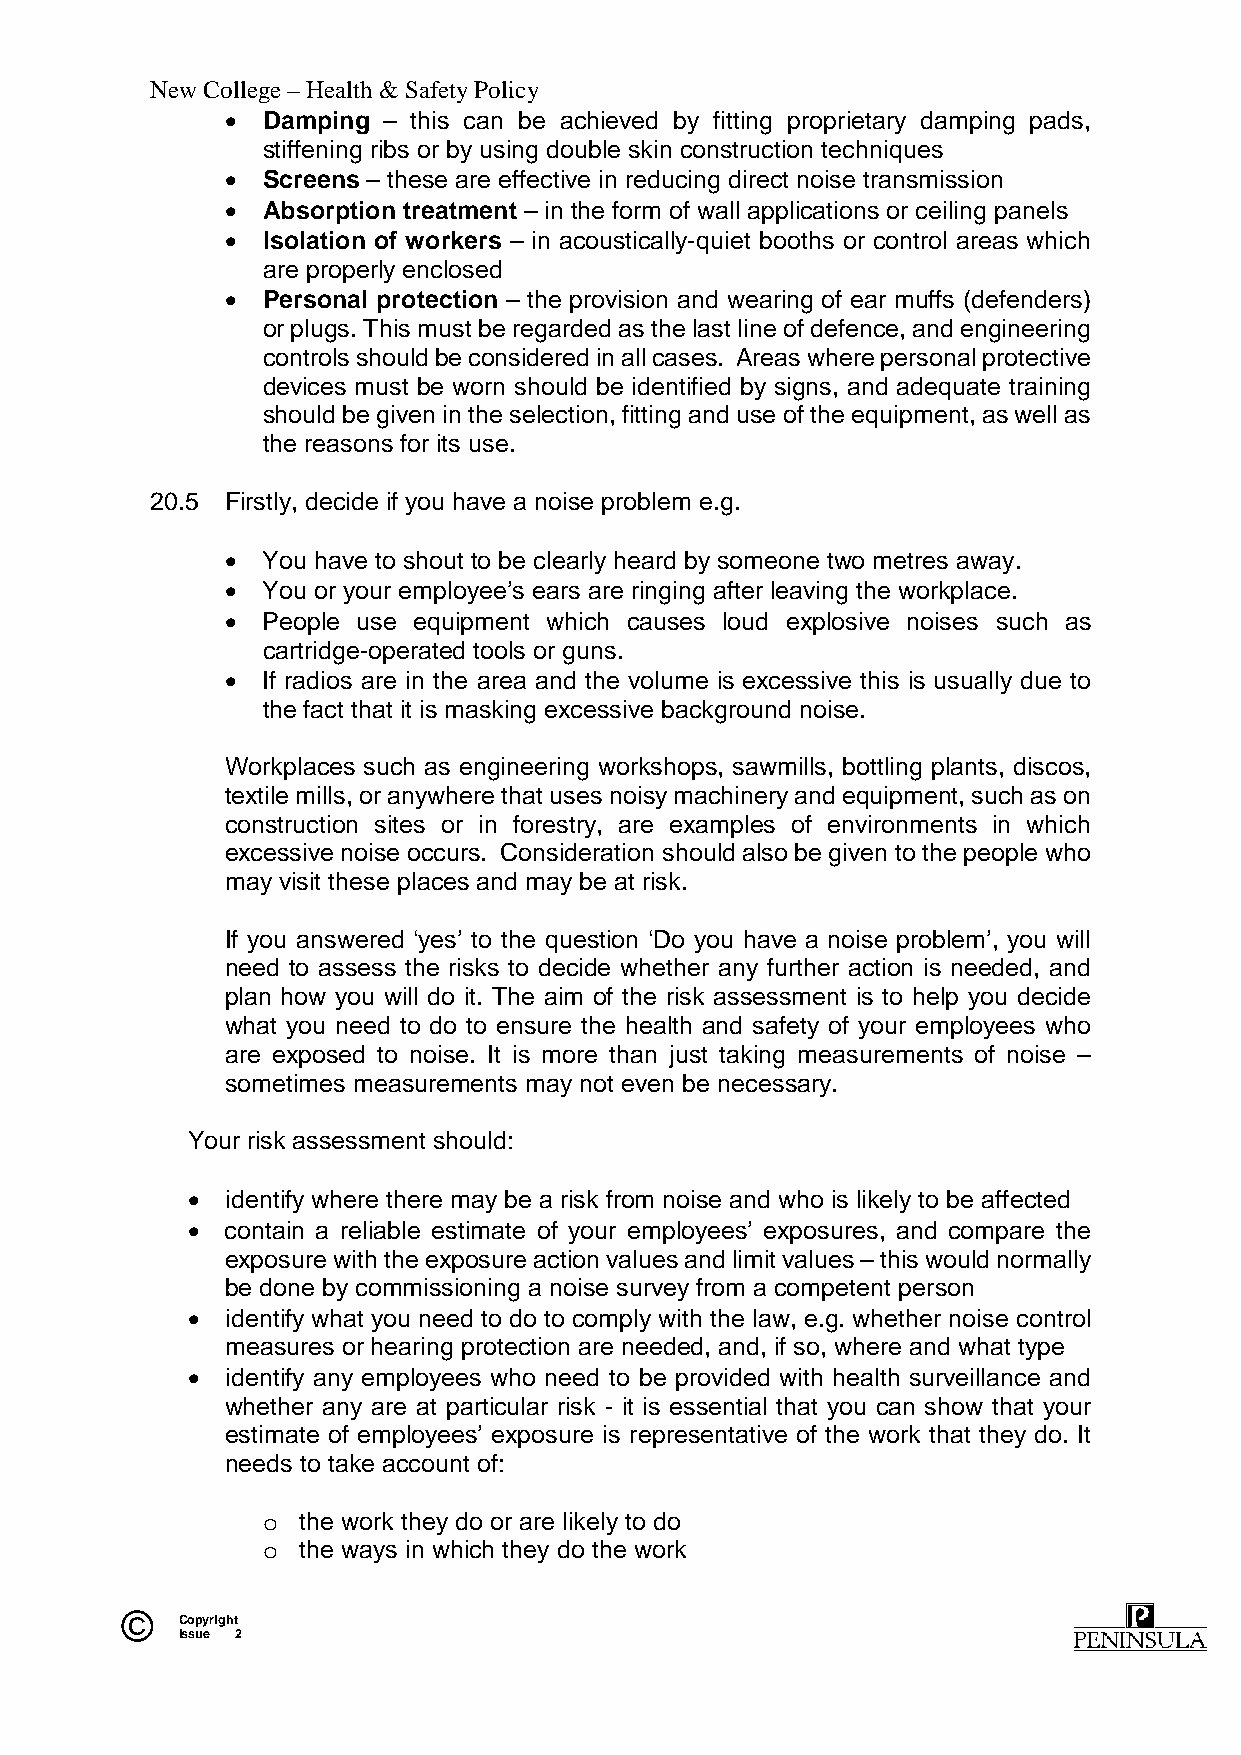
New College – Health & Safety Policy
  Damping – this can be achieved by fitting proprietary damping pads,
 stiffening ribs or by using double skin construction techniques
  Screens – these are effective in reducing direct noise transmission
  Absorption treatment – in the form of wall applications or ceiling panels
  Isolation of workers – in acoustically-quiet booths or control areas which
 are properly enclosed
  Personal protection – the provision and wearing of ear muffs (defenders)
 or plugs. This must be regarded as the last line of defence, and engineering
 controls should be considered in all cases. Areas where personal protective
 devices must be worn should be identified by signs, and adequate training
 should be given in the selection, fitting and use of the equipment, as well as
 the reasons for its use.
 20.5 Firstly, decide if you have a noise problem e.g.
  You have to shout to be clearly heard by someone two metres away.
  You or your employee’s ears are ringing after leaving the workplace.
  People use equipment which causes loud explosive noises such as
 cartridge-operated tools or guns.
  If radios are in the area and the volume is excessive this is usually due to
 the fact that it is masking excessive background noise.
 Workplaces such as engineering workshops, sawmills, bottling plants, discos,
 textile mills, or anywhere that uses noisy machinery and equipment, such as on
 construction sites or in forestry, are examples of environments in which
 excessive noise occurs. Consideration should also be given to the people who
 may visit these places and may be at risk.
 If you answered ‘yes’ to the question ‘Do you have a noise problem’, you will
 need to assess the risks to decide whether any further action is needed, and
 plan how you will do it. The aim of the risk assessment is to help you decide
 what you need to do to ensure the health and safety of your employees who
 are exposed to noise. It is more than just taking measurements of noise –
 sometimes measurements may not even be necessary.
 Your risk assessment should:
   identify where there may be a risk from noise and who is likely to be affected
   contain a reliable estimate of your employees’ exposures, and compare the
 exposure with the exposure action values and limit values – this would normally
 be done by commissioning a noise survey from a competent person
   identify what you need to do to comply with the law, e.g. whether noise control
 measures or hearing protection are needed, and, if so, where and what type
   identify any employees who need to be provided with health surveillance and
 whether any are at particular risk - it is essential that you can show that your
 estimate of employees’ exposure is representative of the work that they do. It
 needs to take account of:
 o  the work they do or are likely to do
 o  the ways in which they do the work
 ©   Copyright
 Issue 2